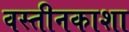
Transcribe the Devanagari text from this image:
वस्तीनकाशा